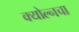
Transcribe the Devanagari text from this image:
क्योल्नचा